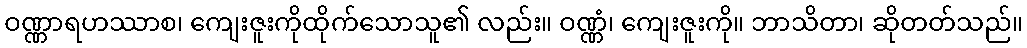
ဝဏ္ဏာရဟဿာစ၊ ကျေးဇူးကိုထိုက်သောသူ၏ လည်း။ ဝဏ္ဏံ၊ ကျေးဇူးကို။ ဘာသိတာ၊ ဆိုတတ်သည်။